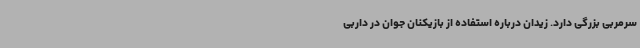
سرمربی بزرگی دارد. زیدان درباره استفاده از بازیکنان جوان در داربی